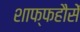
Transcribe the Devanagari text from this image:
शाफ्फहौसें